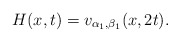
\begin{align*}H(x, t) = v_{\alpha_{1}, \beta_{1}}(x, 2t).\end{align*}